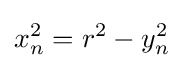
x_{n}^{2}=r^{2}-y_{n}^{2}